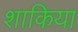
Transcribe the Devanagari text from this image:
शाकिया